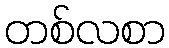
တစ်လစာ